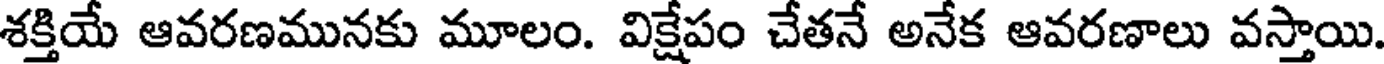
శక్తియే ఆవరణమునకు మూలం. విక్షేపం చేతనే అనేక ఆవరణాలు వస్తాయి.